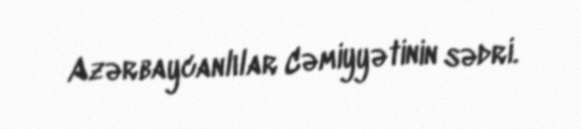
Azərbaycanlılar Cəmiyyətinin sədri.